Report of the Indian Hemp Drugs Commission, 1894-1895 - Volume V
Year: 1894
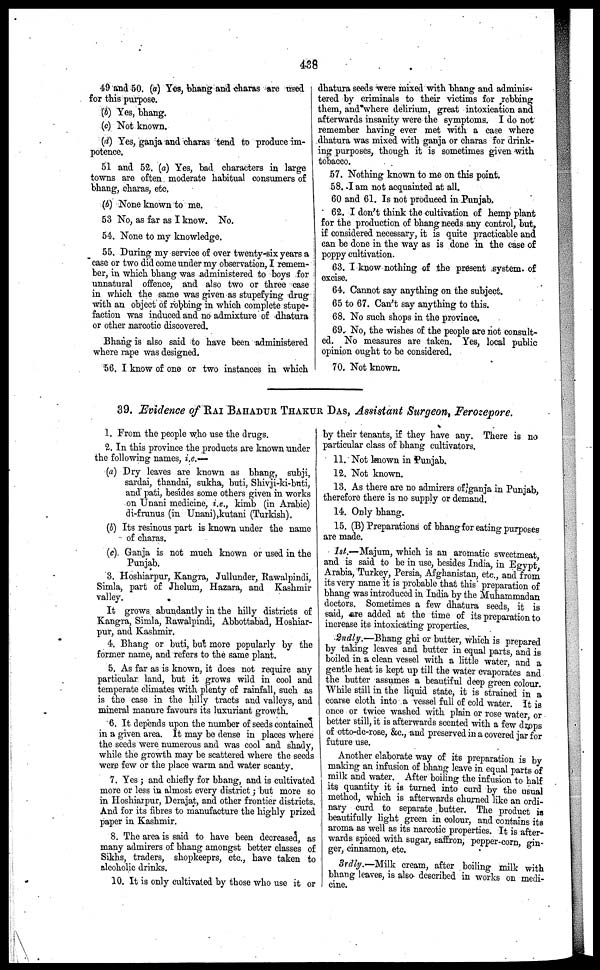
438
49 and 50. (a) Yes, bhang and charas are treed
for this purpose.
(b) Yes, bhang.
(c) Not known.
(d) Yes, ganja and charas tend to produce im-
potence.
51 and 52. (a) Yes, bad characters in large
towns are often moderate habitual consumers of
bhang, charas, etc.
(b) None known to mo.
53 No, as far as I know. No.
54. None to my knowledge.
55. During my service of over twenty-six years a
case or two did come under my observation, I remem-
ber, in which bhang was administered to boys for
unnatural offence, and also two or three case
in which the same was given as stupefying drug
with an object of robbing in which complete stupe-
faction was induced and no admixture of dhatura
or other narcotic discovered.
Bhang is also said to have been administered
where rape was designed.
56. I know of one or two instances in which
dhatura seeds were mixed with bhang and adminis-
tered by criminals to their victims for robbing
them, and where delirium, great intoxication and
afterwards insanity were the symptoms. I do not
remember having ever met with a case where
dhatura was mixed with ganja or charas for drink-
ing purposes, though it is sometimes given with
tobacco.
57. Nothing known to me on this point.
58. J am not acquainted at all.
60 and 61. Is not produeed in Punjab.
62. I don't think the cultivation of hemp plant
for the production of bhang needs any control, but,
if considered necessary, it is quite practicable and
can be done in the way as is done in the case of
poppy cultivation.
63. I know nothing of the present system, of
excise.
64. Cannot say anything on the subject.
65 to 67. Can't say anything to this.
68. No such shops in the province.
69. No, the wishes of the people are not consult-
ed. No measures are taken. Yes, local public
opinion ought to be considered.
70. Not known.
39. Evidence of RAI BAHADUR THAKUR DAS, Assistant Surgeon, Ferozepore.
1. From the people who use the drugs.
2. In this province the products are known under
the following names, i.e.—
(a) Dry leaves are known as bhang, subji,
sardai, thandai, sukha, buti, Shivji-ki-bnti,
and pati, besides some others given in works
on Unani medicine, i.e., kimb (in Arabic)
di-frunus (in Unani),kutani (Turkish).
(b) Its resinous part is known under the name
of charas.
(c) Ganja is not much known or used in the
Punjab.
3. Hoshiarpur, Kangra, Jullunder, Rawalpindi,
Simla, part of Jhelum, Hazara, and Kashmir
valley.
It grows abundantly in the hilly districts of
Kangra, Simla, Rawalpindi, Abbottabad, Hoshiar-
pur, and Kashmir.
4. Bhang or buti, but more popularly by the
former name, and refers to the same plant.
5. As far as is known, it does not require any
particular land, but it grows wild in cool and
temperate climates with plenty of rainfall, such as
is the case in the hilly tracts and valleys, and
mineral manure favours its luxuriant growth.
6. It depends upon the number of seeds contained
in a given area. It may bo dense in places where
the seeds were numerous and was cool and shady,
while the growth may be scattered where the seeds
were few or the place warm and water scanty.
7. Yes ; and chiefly for bhang, and is cultivated
more or less in almost every district; but more so
in Hoshiarpur, Derajat, and other frontier districts.
And for its fibres to manufacture the highly prized
paper in Kashmir.
8. The area is said to have been decreased, as
many admirers of bhang amongst better classes of
Sikhs, traders, shopkeeprs, etc., have taken to
alcoholic drinks.
10. It is only cultivated by those who use it or
by their tenants, if they have any. There is no
particular class of bhang cultivators.
11. Not known in Punjab.
12. Not known.
13. As there are no admirers of ganja in Punjab,
therefore there is no supply or demand.
14. Only bhang.
15. (B) Preparations of bhang for eating purposes
are made.
1st.—Majum, which is an aromatic sweetmeat
and is said to be in use, besides India, in Egypt
Arabia, Turkey, Persia, Afghanistan, etc., and from
its very name it is probable that this* preparation of
bhang was introduced in India by the Muhammad an
doctors. Sometimes a few dhatura seeds, it is
said, are added at the time of its preparation to
increase its intoxicating properties.
2ndly.—Bhang ghi or butter, which is prepared
by taking leaves and butter in equal parts, and is
boiled in a clean vessel with a little water, and a
gentle heat is kept up till the water evaporates and
the butter assumes a beautiful deep green colour.
While still in the liquid state, it is strained in a
coarse cloth into a vessel full of cold water. It is
once or twice washed with plain or rose water or
better still, it is afterwards scented with a few drops
of otto-de-rose, &c., and preserved in a covered jar for
future use.
Another elaborate way of its preparation is by
making an infusion of bhang leave in equal parts of
milk and water. After boiling the infusion to half
its quantity it is turned into curd by the usual
method, which is afterwards churned like an ordi-
nary curd to separate butter. The product is
beautifully light green in colour, and contains its
aroma as well as its narcotic properties. It is after-
wards spiced with sugar, saffron, pepper-corn, gin-
ger, cinnamon, etc.
3rdly.—Milk cream, after boiling milk with
bhang leaves, is also described in works on medi-
cine.